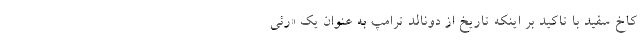
کاخ سفید با تاکید بر اینکه تاریخ از دونالد ترامپ به عنوان یک «رئی